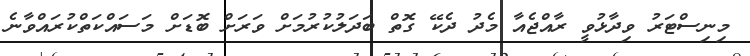
މިނިސްޓަރު ވިދާޅުވީ ރާއްޖެއާ މެދު ދެކޭ ގޮތް ބަދަލުކުރުމަށް ވަރަށް ބޮޑަށް މަސައްކަތްކުރައްވާނެ